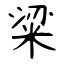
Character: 粱